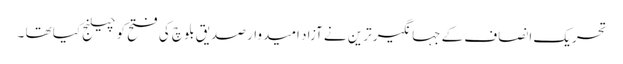
تحریک انصاف کے جہانگیر ترین نے آزاد امیدوار صدیق بلوچ کی فتح کو چیلنج کیا تھا ۔